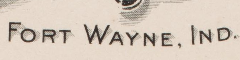
FORT WAYNE. IND.